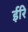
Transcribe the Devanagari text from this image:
ईरि